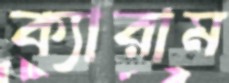
ক্যারাম